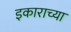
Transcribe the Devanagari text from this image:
इकाराच्या